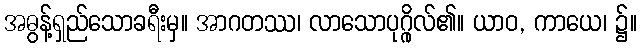
အဓွန့်ရှည်သောခရီးမှ။ အာဂတဿ၊ လာသောပုဂ္ဂိုလ်၏။ ယာဝ, ကာယေ၊ ၌။